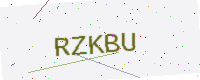
Text: RZKBU